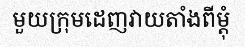
មួយក្រុមដេញវាយតាំងពីម្តុំ